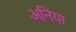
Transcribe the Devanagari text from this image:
अनिया